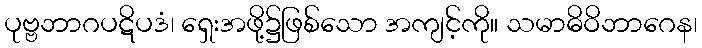
ပုဗ္ဗဘာဂပဋိပဒံ၊ ရှေးအဖို့၌ဖြစ်သော အကျင့်ကို။ သမာဓိဝိဘာဂေန၊